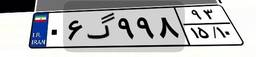
۰۶گ۹۹۸۹۳